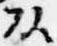
頭